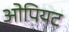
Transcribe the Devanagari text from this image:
ओपियट